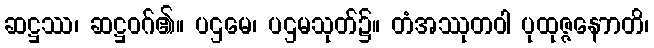
ဆဋ္ဌဿ၊ ဆဋ္ဌဝဂ်၏။ ပဌမေ၊ ပဌမသုတ်၌။ တံအဿုတဝါ ပုထုဇ္ဇနောာတိ၊